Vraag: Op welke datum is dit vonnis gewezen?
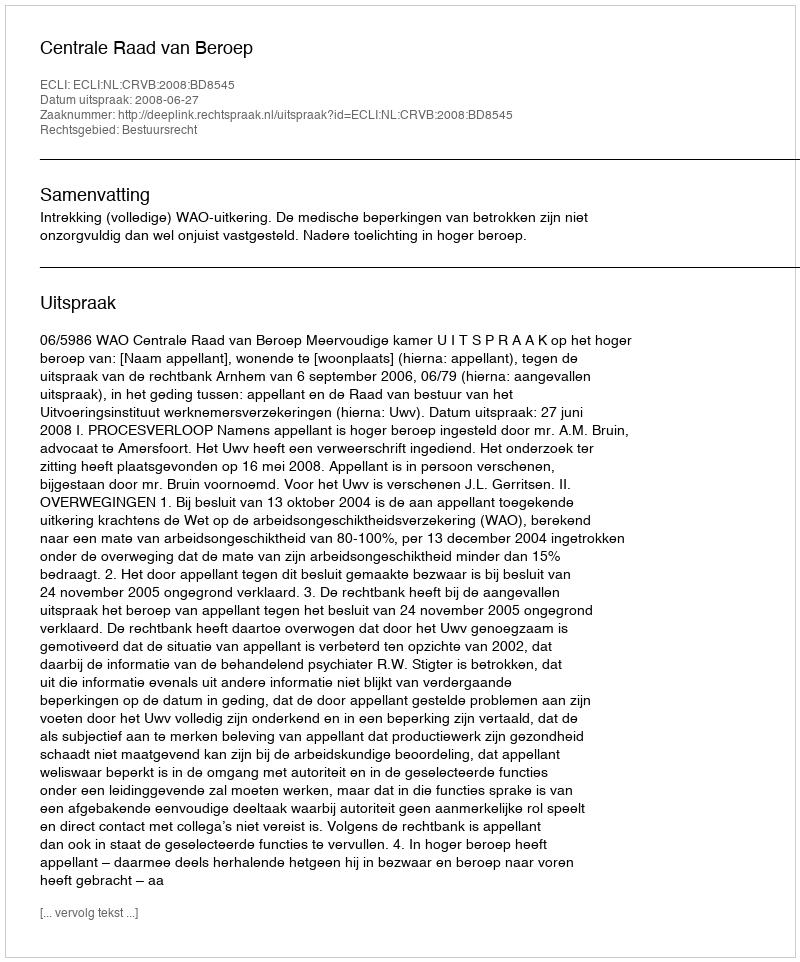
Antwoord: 2008-06-27